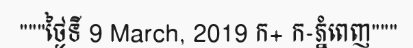
"""ថ្ងៃទី 9 March, 2019 ក+ ក-ភ្នំពេញ"""